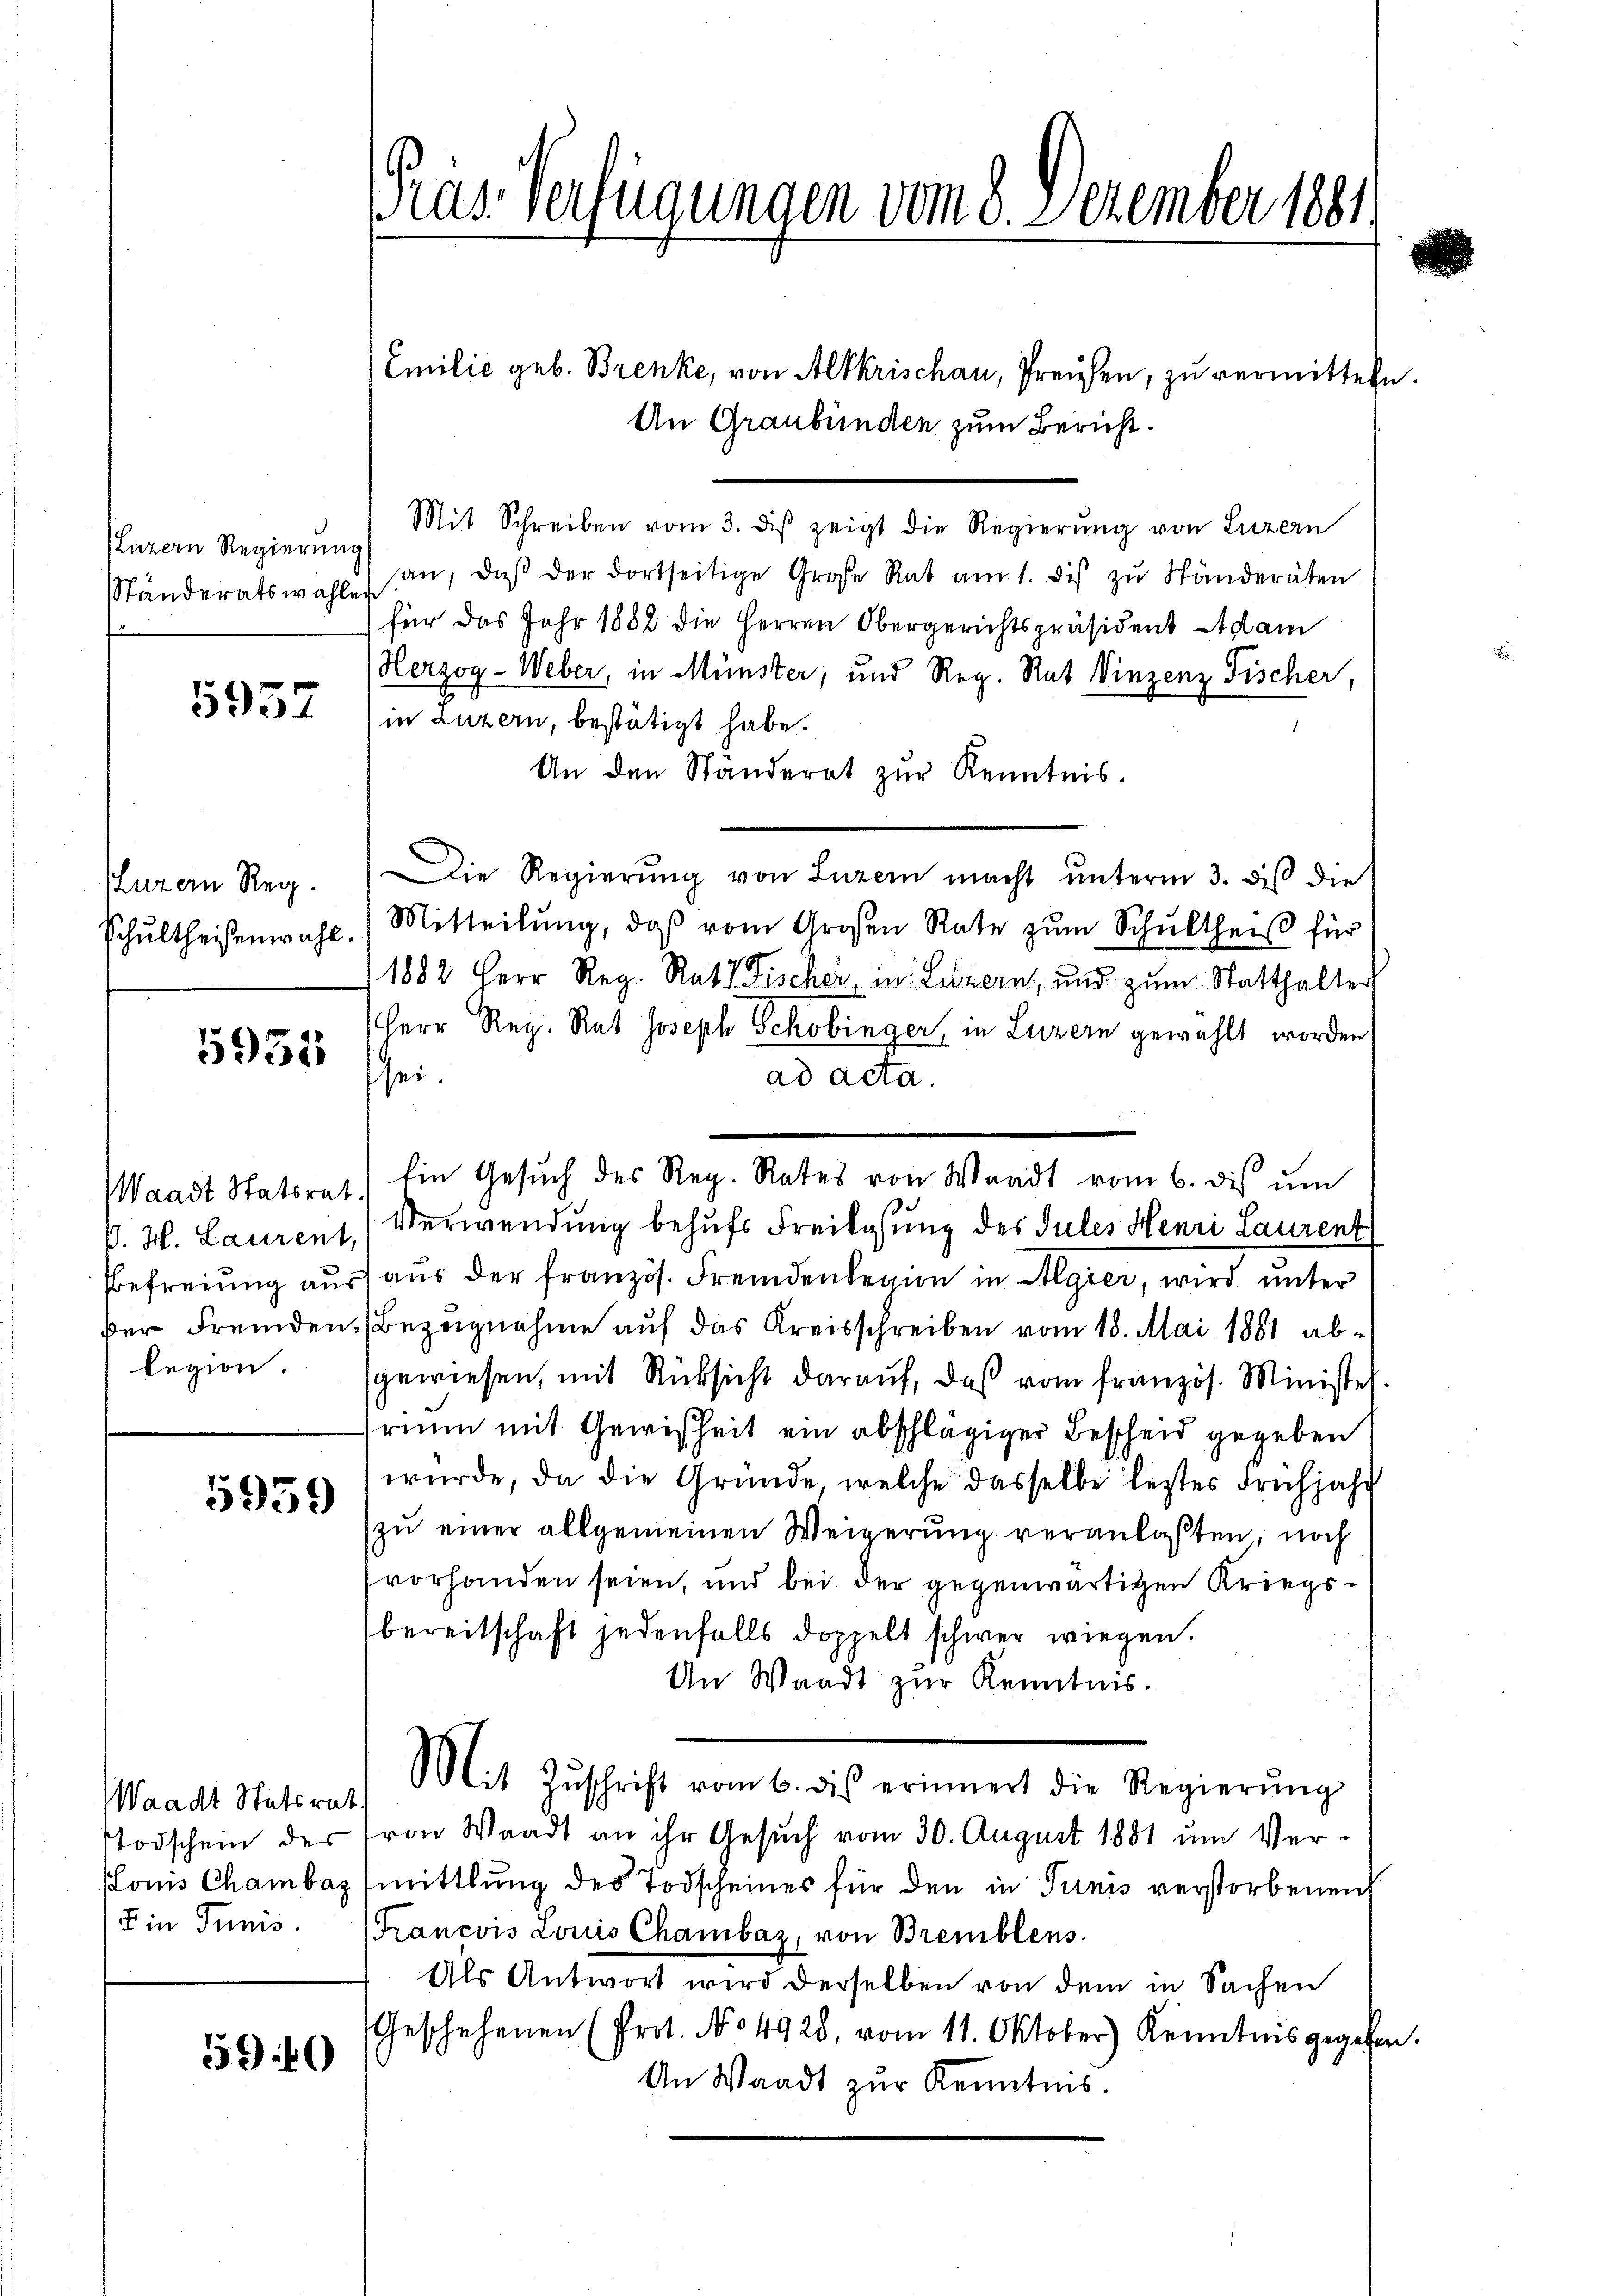
(Luzern Regierung
Ständeratswahlen

5957

Phurer Reg.
Schultheisenwahl.

5951

Waadt Statsrat
J. H. Laurent,
Bbefreiung aus
der Fremden.
legion.

5959

Waadt Statsrat
stodschein des
sloms Chambas
 in Tunis.

590

Präs. Verfügungen vom 8. Dezember 188

Ein Gesuch des Reg. Rates von Waadt vom 6. dis ŭm

Emilie geb. Brenke, von Altkrischau, Preisen, zu vermitteln.
An Graubünden zum Bericht.
Mit Schreiben vom 3. dβ zeigt die Regierŭng von Luzern
an, daβ der dortseitige Große Rat am 1. des zŭ Ständeräten
für das Jahr 1882 die Herren Obergerichtspräsident Adam
Herzog - Weber, in Münster; und Reg. Rat Vinzenz Fischer,
in Luzern, bestätigt habe.
An den Ständerat zŭr Kenntnis.
Die Regierŭng von Luzern macht ŭnterm 3. diβ die
Mitteilŭng, daβ vom Großen Rate zŭm Schultheiß für
1882 Herr Reg. Rath Fischer in Luzern, und zum Statthalter
Herr Reg. Rat Joseph Schobinger in Luzern gewählt worden
seiad acta.
Verwendung behufs Freilasung des Jules Henri Laurent
aus der Französ. Fremdenlegion in Algier, wird unter
Bezugnahme auf das Kreisschreiben vom 18. Mai 1851 abgewiesen, mit Rücksicht darauf, daß vom französ. Ministel
rium mit Gewißheit ein abschlägiger Bescheid gegeben
würde, da die Gründe, welche dasselbe lestes Frühjahr
zu einer allgemeinen Weigerung veranlaßten, noch
vorhanden seien, und bei der gegenwärtigen Kriegsbereitschaft jedenfalls doppelt schwer wiegen.
An Waadt zur Kenntnis.
Mit Zŭschrift vom 6. des erinnert die Regierŭng
von Waadt an ihr Gesuch vom 30. August 1881 um Vermittlung des Todscheines für den in Tunis verstorbenen
Francois Louis Chambaz, von Bremblens
Als Antwort wird derselben von dem in Sachen
Geschehenen (Prot. No 4928, vom 11. Oktober) Kenntnis gegeben.
An Waadt zŭr Kenntnis.